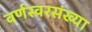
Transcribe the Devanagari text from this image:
वर्णस्वरसंख्या